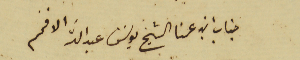
جناب ابن عمنا الشيخ يوسَف عبدالله الافخم